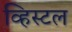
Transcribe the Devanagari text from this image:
व्हिस्टल